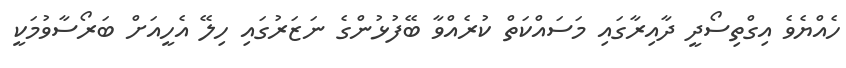
ހެއްޔެވެ އިގްތިސޯދީ ދާއިރާގައި މަސައްކަތް ކުރެއްވާ ބޭފުޅުންގެ ނަޒަރުގައި ހިލޭ އެހީއަށް ބަރޯސާވުމަކީ